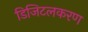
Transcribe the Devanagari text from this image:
डिजिटलकरण